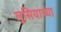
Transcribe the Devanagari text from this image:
लुसियाच्या